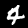
Label: 4